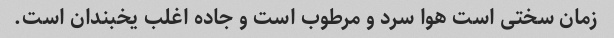
زمان سختی است هوا سرد و مرطوب است و جاده اغلب یخبندان است.